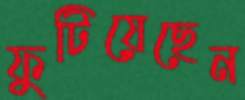
ফুটিয়েছেন